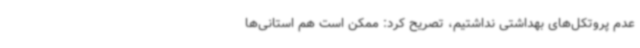
عدم پروتکل‌های بهداشتی نداشتیم، تصریح کرد: ممکن است هم استانی‌ها